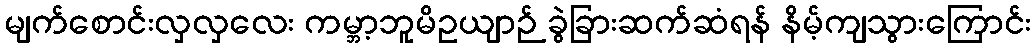
မျက်စောင်းလှလှလေး ကမ္ဘာ့ဘူမိဥယျာဉ် ခွဲခြားဆက်ဆံရန် နိမ့်ကျသွားကြောင်း